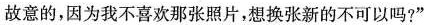
故意的，因为我不喜欢那张照片，想换张新的不可以吗?”